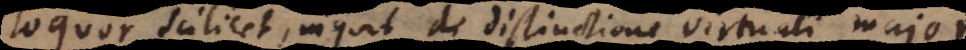
loquor scilicet, inquit de distinctione virtuali majo